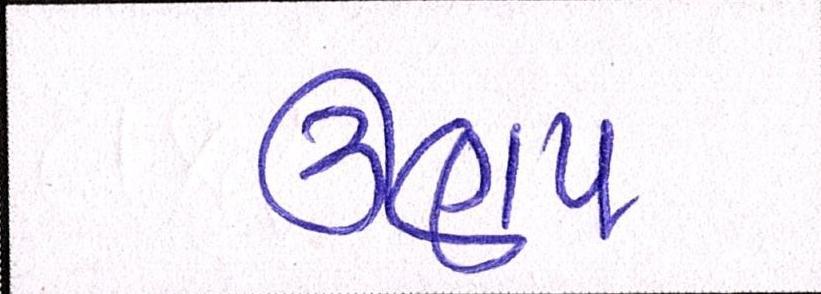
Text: ઊણપ